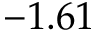
- 1 . 6 1